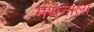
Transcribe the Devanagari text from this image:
मंथनाला